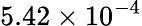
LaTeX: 5.42\times 10^{-4}